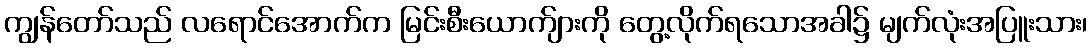
ကျွန်တော်သည် လရောင်အောက်က မြင်းစီးယောက်ျားကို တွေ့လိုက်ရသောအခါ၌ မျက်လုံးအပြူးသား၊